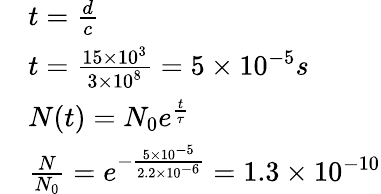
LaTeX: \begin{array}{rl}&{t=\frac{d}{c}}\\ &{t=\frac{15\times 10^{3}}{3\times 10^{8}}=5\times 10^{-5}s}\\ &{N(t)=N_{0}e^{\frac{t}{\tau}}}\\ &{\frac{N}{N_{0}}=e^{-\frac{5\times 10^{-5}}{2.2\times 10^{-6}}}=1.3\times 10^{-10}}\end{array}